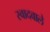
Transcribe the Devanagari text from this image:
स्वादवाले